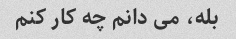
بله، می دانم چه کار کنم